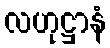
လဟုဋ္ဌာနံ